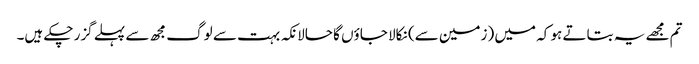
تم مجھے یہ بتاتے ہو کہ میں (زمین سے) نکالا جاؤں گا حالانکہ بہت سے لوگ مجھ سے پہلے گزر چکے ہیں۔